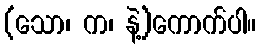
(သော၊ က၊ နဲ့)ကောက်ပါ။